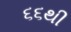
૬૬થી